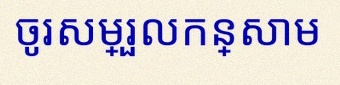
ចូរសម្រួលកន្សោម